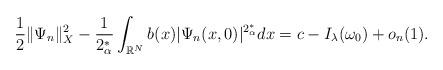
LaTeX: \begin{align*}\frac{1}{2}\|\Psi_n\|_X^2-\frac{1}{2_\alpha^*}\displaystyle\int_{\mathbb{R}^N}b(x)|\Psi_n(x,0)|^{2_\alpha^*}dx=c-I_\lambda(\omega_0)+o_n(1). \end{align*}